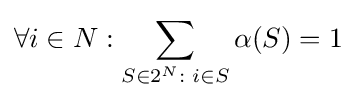
\forall i\in N:\sum _{S\in 2^{N}:\;i\in S}\alpha (S)=1